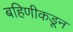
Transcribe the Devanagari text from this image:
बहिणीकडून